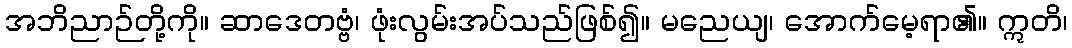
အဘိညာဉ်တို့ကို။ ဆာဒေတဗ္ဗံ၊ ဖုံးလွမ်းအပ်သည်ဖြစ်၍။ မညေယျ၊ အောက်မေ့ရာ၏။ ဣတိ၊